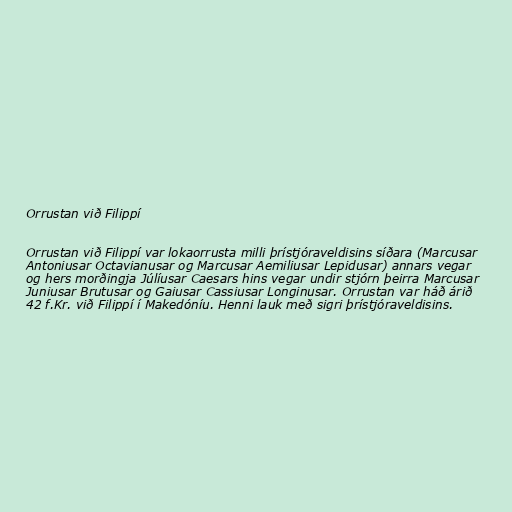
Orrustan við Filippí

Orrustan við Filippí var lokaorrusta milli þrístjóraveldisins síðara (Marcusar
Antoniusar Octavianusar og Marcusar Aemiliusar Lepidusar) annars vegar
og hers morðingja Júlíusar Caesars hins vegar undir stjórn þeirra Marcusar
Juniusar Brutusar og Gaiusar Cassiusar Longinusar. Orrustan var háð árið
42 f.Kr. við Filippí í Makedóníu. Henni lauk með sigri þrístjóraveldisins.